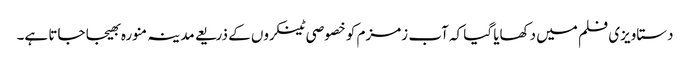
دستاویزی فلم میں دکھایا گیا کہ آب زمزم کو خصوصی ٹینکروں کے ذریعے مدینہ منورہ بھیجا جاتا ہے۔